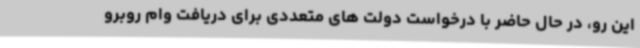
این رو، در حال حاضر با درخواست دولت های متعددی برای دریافت وام روبرو